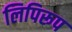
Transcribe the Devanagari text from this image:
लिपिरूप